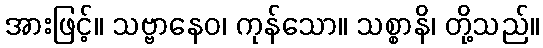
အားဖြင့်။ သဗ္ဗာနေဝ၊ ကုန်သော။ သစ္စာနိ၊ တို့သည်။